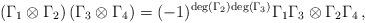
LaTeX: \begin{align*}\left( \Gamma_1 \otimes \Gamma_2 \right) \left( \Gamma_3 \otimes\Gamma_4 \right) = (-1)^{{\rm deg} \left( \Gamma_2 \right) {\rm deg}\left( \Gamma_3 \right)} \Gamma_1 \Gamma_3 \otimes\Gamma_2 \Gamma_4\,,\end{align*}